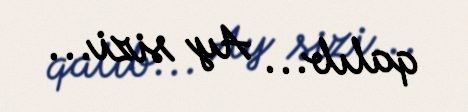
qalıb... Ay sizi...